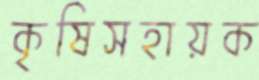
কৃষিসহায়ক